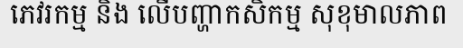
ភេវរកម្ម និង លើបញ្ហាកសិកម្ម សុខុមាលភាព